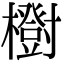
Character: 𣟑